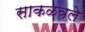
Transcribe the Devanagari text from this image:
साकळवले